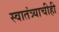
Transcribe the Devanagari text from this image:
स्वातंत्र्याचीही